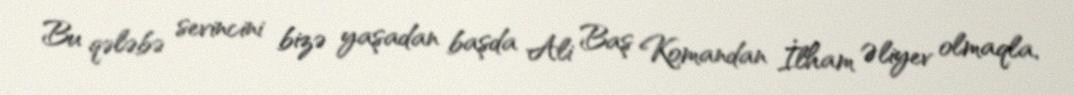
Bu qələbə sevincini bizə yaşadan başda Ali Baş Komandan İlham Əliyev olmaqla,